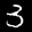
Label: 3